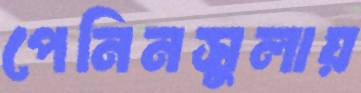
পেনিনসুলায়